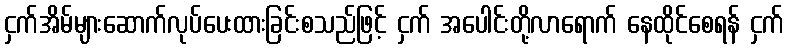
ငှက်အိမ်များဆောက်လုပ်ပေးထားခြင်းစသည်ဖြင့် ငှက် အပေါင်းတို့လာရောက် နေထိုင်စေရန် ငှက်